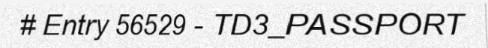
# Entry 56529 - TD3_PASSPORT